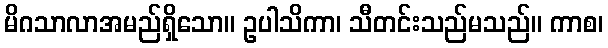
မိဂသာလာအမည်ရှိသော။ ဥပါသိကာ၊ သီတင်းသည်မသည်။ ကာစ၊